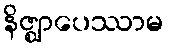
နိဇ္ဈာပေဿာမ